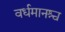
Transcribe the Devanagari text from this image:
वर्धमानश्च